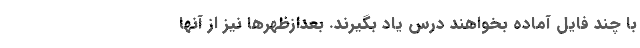
با چند فایل آماده بخواهند درس یاد بگیرند. بعدازظهرها نیز از آنها